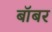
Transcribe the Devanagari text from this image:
बॉबर